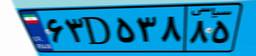
۷۶D۱۹۲۳۷